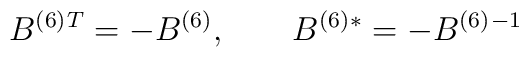
B^{(6)}{}^T=-B^{(6)},\qquad B^{(6)}{}^*=-B^{(6)}{}^{-1}